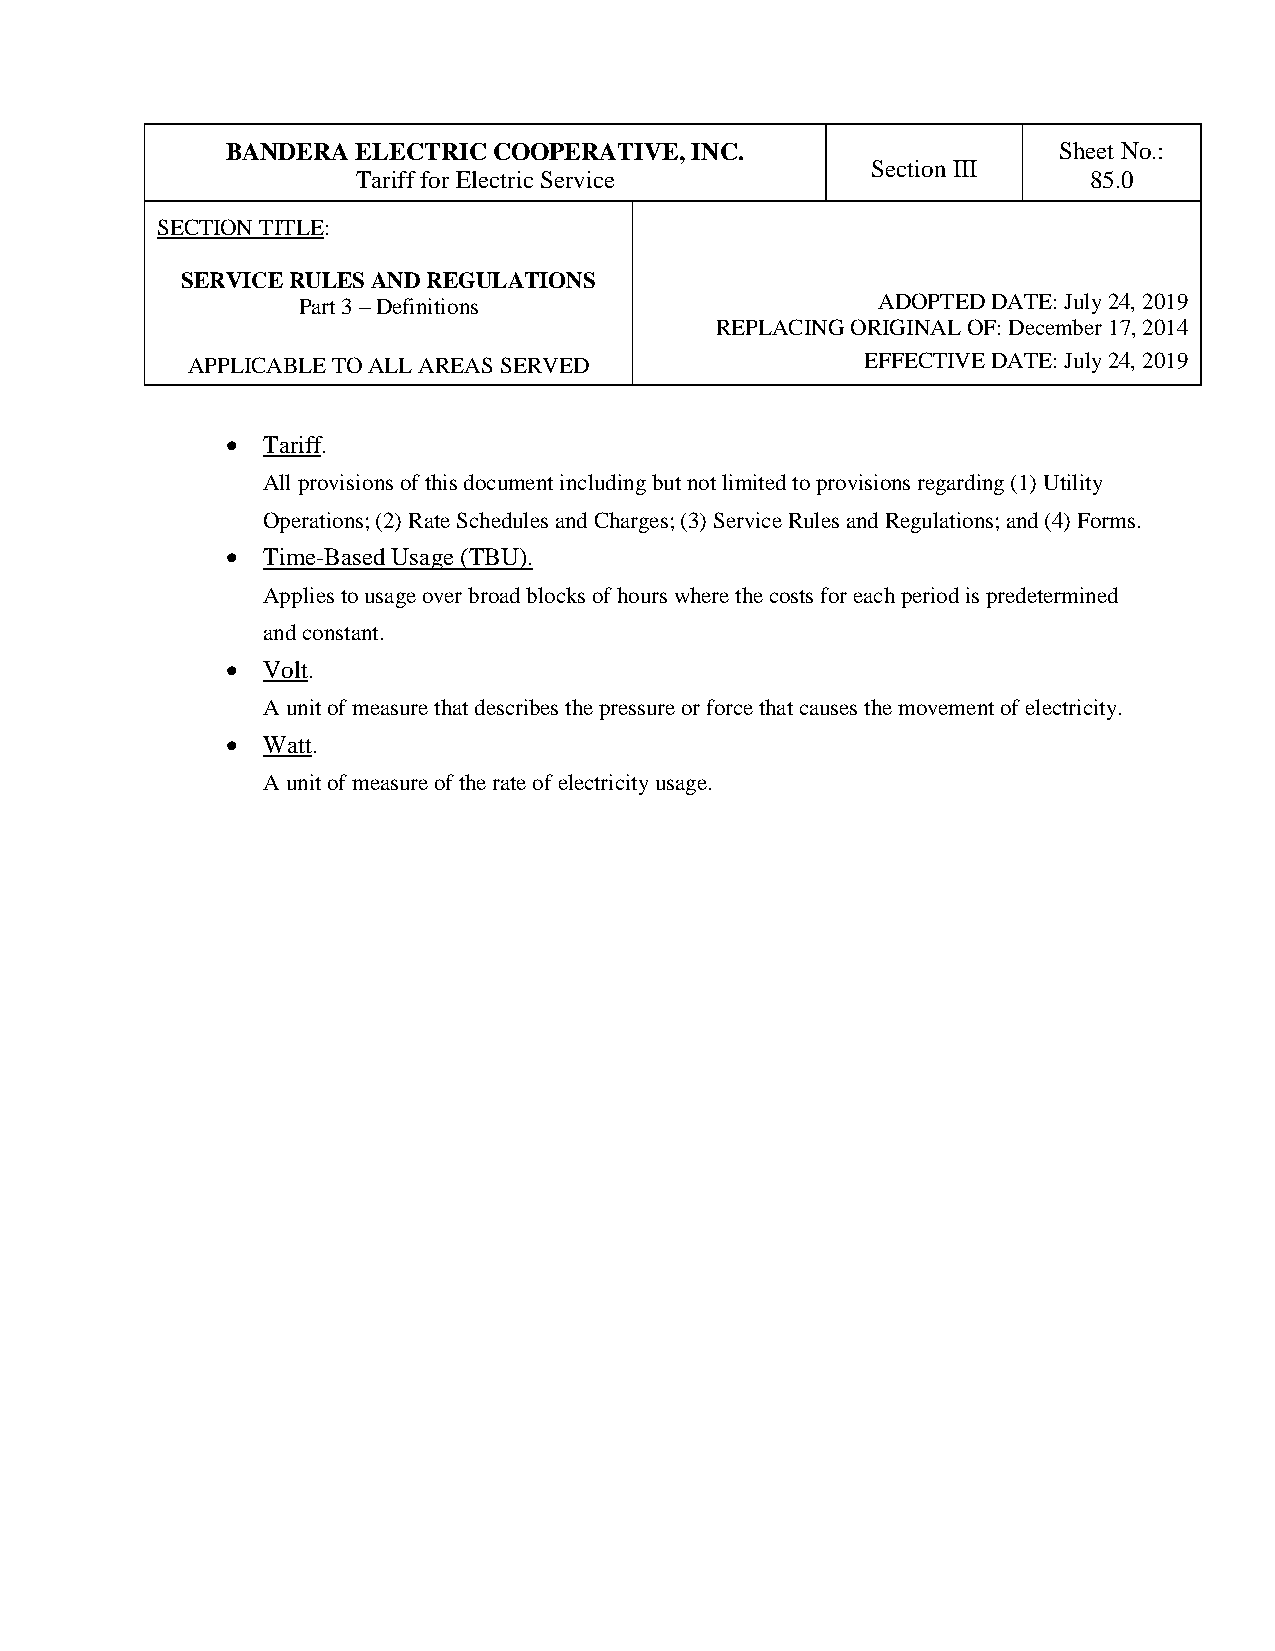
BANDERA  ELECTRIC COOPERATIVE, INC.                    Sheet No.:
 Section III
 Tariff for Electric Service                     85.0
 SECTION TITLE:
 SERVICE RULES AND REGULATIONS
 Part 3 – Definitions                  ADOPTED DATE: July 24, 2019
 REPLACING ORIGINAL OF: December 17, 2014
 APPLICABLE TO ALL AREAS SERVED               EFFECTIVE DATE: July 24, 2019
 • Tariff.
 All provisions of this document including but not limited to provisions regarding (1) Utility
 Operations; (2) Rate Schedules and Charges; (3) Service Rules and Regulations; and (4) Forms.
 • Time-Based Usage (TBU).
 Applies to usage over broad blocks of hours where the costs for each period is predetermined
 and constant.
 • Volt.
 A unit of measure that describes the pressure or force that causes the movement of electricity.
 • Watt.
 A unit of measure of the rate of electricity usage.